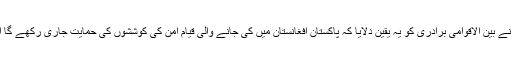
میڈیا رپورٹس کے مطابق، پاک فوج کے سربراہ نے بین الاقوامی برادری کو یہ یقین دلایا کہ پاکستان افغانستان میں کی جانے والی قیامِ امن کی کوششوں کی حمایت جاری رکھے گا اور اِس سلسلے مین ہر ممکن تعاون بھی کرے گا۔